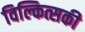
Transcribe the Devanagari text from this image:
विल्कित्सकी